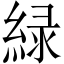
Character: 緑